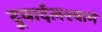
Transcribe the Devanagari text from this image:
दूवार्दलश्यामं